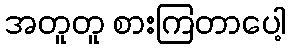
အတူတူ စားကြတာပေါ့